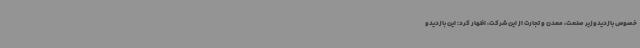
خصوص بازدیدوزیر صنعت، معدن و تجارت از این شرکت، اظهار کرد: این بازدیدو